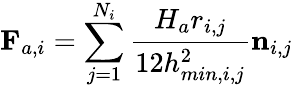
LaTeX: \mathbf{F}_{a,i}=\sum_{j=1}^{N_{i}}\frac{H_{a}r_{i,j}}{12h_{min,i,j}^{2}}\mathbf{n}_{i,j}